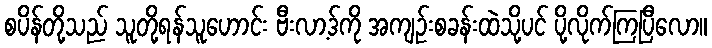
စပိန်တို့သည် သူတို့ရန်သူဟောင်း ဗီးလာ့ဒ်ကို အကျဉ်းစခန်းထဲသို့ပင် ပို့လိုက်ကြပြီလော။